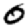
Digit: 0